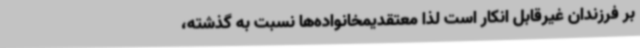
بر فرزندان غیرقابل انکار است لذا معتقدیمخانواده‌ها نسبت به گذشته،